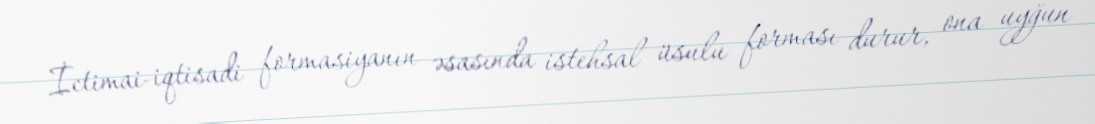
İctimai-iqtisadi formasiyanın əsasında istehsal üsulu forması durur, ona uyğun